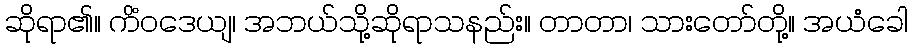
ဆိုရာ၏။ ကိံဝဒေယျ၊ အဘယ်သို့ဆိုရာသနည်း။ တာတာ၊ သားတော်တို့။ အယံခေါ